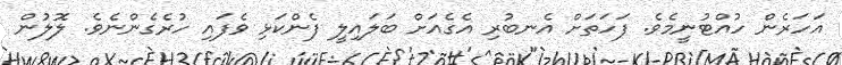
އަހަރެން ހުއްޓުނީމެވެ. ފަހަތަށް އެނބުރި އެގެއަށް ބަލައިލީ ފެންކަޅި ވެފައި ހުރެގެންނެވެ. ލޮލުން